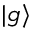
| g \rangle